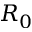
R _ { 0 }